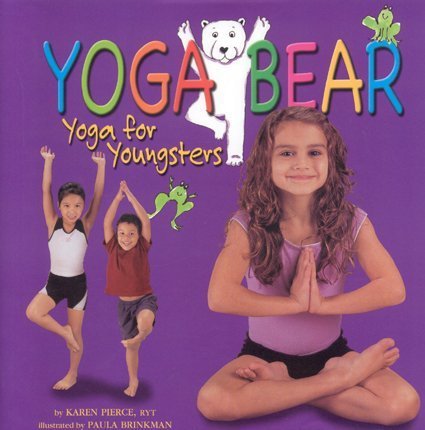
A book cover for Yoga Bear: Yoga for Youngsters; Karen Pierce; Health, Fitness & Dieting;